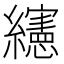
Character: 𰫸